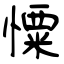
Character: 憟